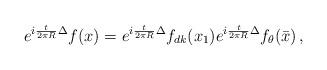
LaTeX: \begin{align*}e^{i\frac{t}{2\pi R}\Delta} f(x) =e^{i\frac{t}{2\pi R}\Delta} f_{dk}(x_1) e^{i\frac{t}{2\pi R}\Delta} f_{\theta}(\bar{x}) \, , \end{align*}